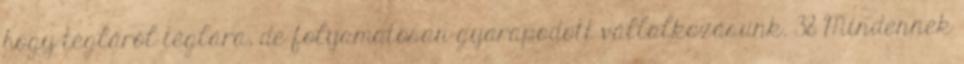
hogy tégláról téglára, de folyamatosan gyarapodott vállalkozásunk. 38 Mindennek